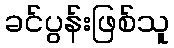
ခင်ပွန်းဖြစ်သူ